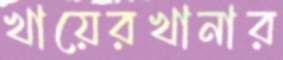
খায়েরখানার